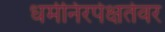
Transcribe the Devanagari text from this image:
धर्मनिरपेक्षतेवर